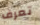
تعرف